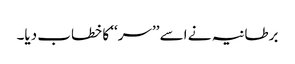
برطانیہ نے اسے ’’سر‘‘ کا خطاب دیا۔